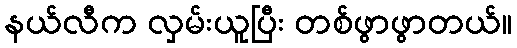
နယ်လီက လှမ်းယူပြီး တစ်ဖွာဖွာတယ်။